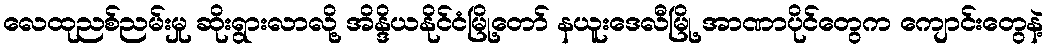
လေထုညစ်ညမ်းမှု ဆိုးရွားလာလို့ အိန္ဒိယနိုင်ငံမြို့တော် နယူးဒေလီမြို့ အာဏာပိုင်တွေက ကျောင်းတွေနဲ့